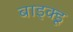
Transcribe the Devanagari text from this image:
बाइक्डू